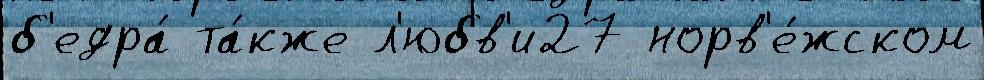
б'едра́ та́кже л'юбв'и27 норв'е́жском